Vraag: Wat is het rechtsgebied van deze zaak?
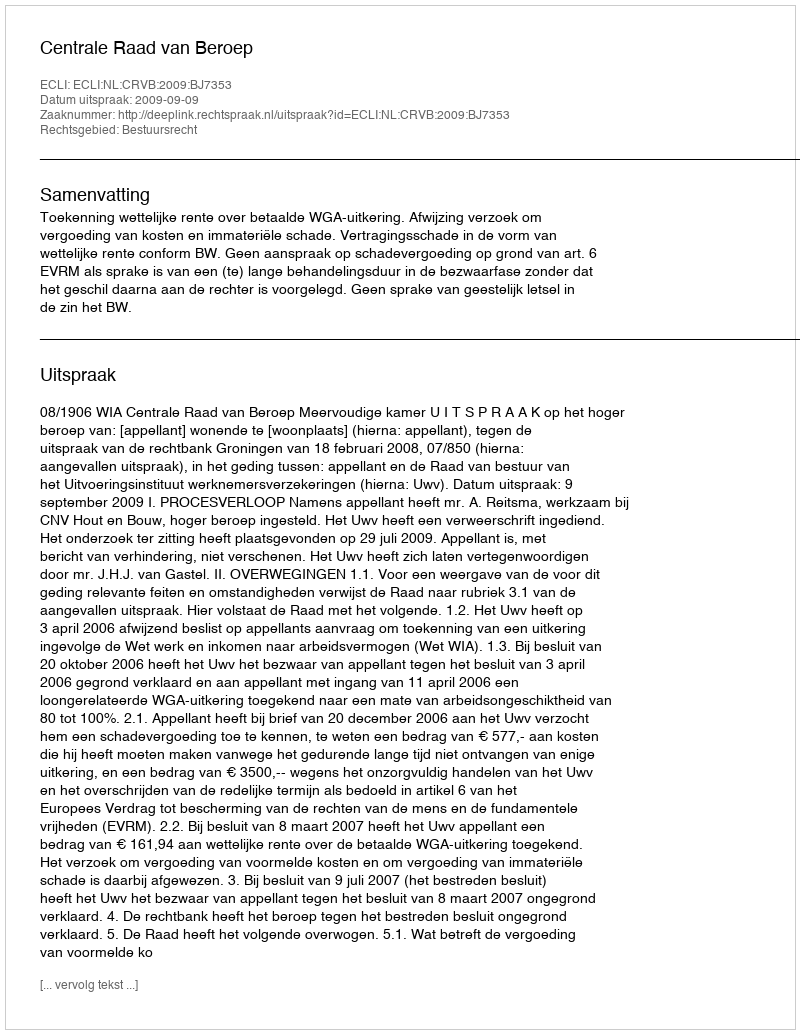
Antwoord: Bestuursrecht